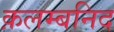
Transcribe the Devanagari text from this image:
क़लम्बनिद